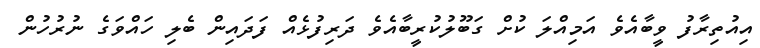
އިއުތިރާފު ވީބާއެވެ އަމިއްލަ ކުށް ގަބޫލުކުރީބާއެވެ ދަރިފުޅެއް ފަދައިން ބެލި ހައްވަގެ ނުރުހުން